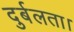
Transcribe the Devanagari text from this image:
दुर्बलता।